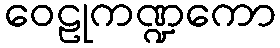
ဝေဠုကဏ္ဍကော